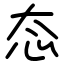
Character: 态